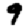
Digit: 9